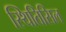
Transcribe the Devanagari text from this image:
स्थितिसिल